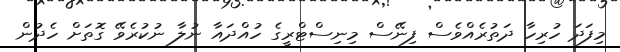
މިފަދަ ހުރިހާ ދަތުރެއްވެސް ފިނޭސް މިނިސްޓްރީގެ ހުއްދައާ ނުލާ ނުކުރެވޭ ގޮތަށް ހެދުން